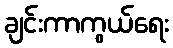
ချင်းကာကွယ်ရေး